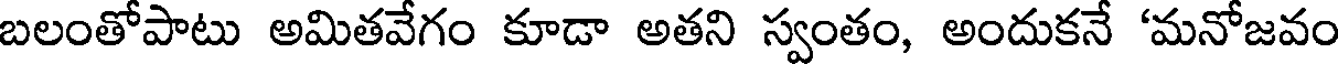
బలంతోపాటు అమితవేగం కూడా అతని స్వంతం, అందుకనే 'మనోజవం